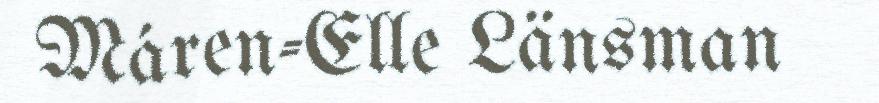
Máren-Elle Länsman